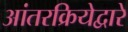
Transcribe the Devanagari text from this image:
आंतरक्रियेद्वारे